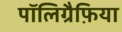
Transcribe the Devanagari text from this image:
पॉलिग्रैफ़िया